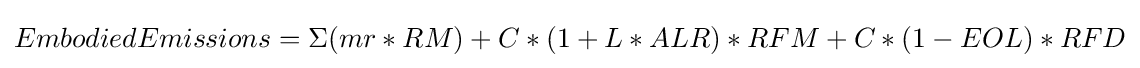
EmbodiedEmissions=\Sigma (mr*RM)+C*(1+L*ALR)*RFM+C*(1-EOL)*RFD